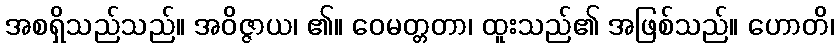
အစရှိသည်သည်။ အဝိဇ္ဇာယ၊ ၏။ ဝေမတ္တတာ၊ ထူးသည်၏ အဖြစ်သည်။ ဟောတိ၊